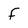
Character: f